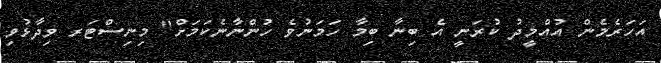
އަހަރެމެން އުއްމީދު ކުރަނީ އެ ބިނާ ބިމާ ހަމަނުވެ ހުންނާނެކަމަށް" މިނިސްޓަރ ވިދާޅުވި